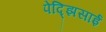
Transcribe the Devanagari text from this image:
पेद्झिसाई